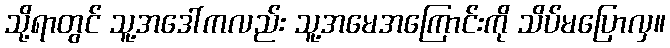
သို့ရာတွင် သူ့အဒေါ်ကလည်း သူ့အမေအကြောင်းကို သိပ်မပြောလှ။